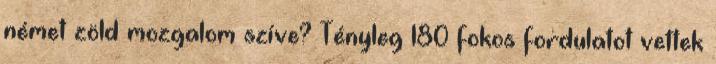
német zöld mozgalom szíve? Tényleg 180 fokos fordulatot vettek